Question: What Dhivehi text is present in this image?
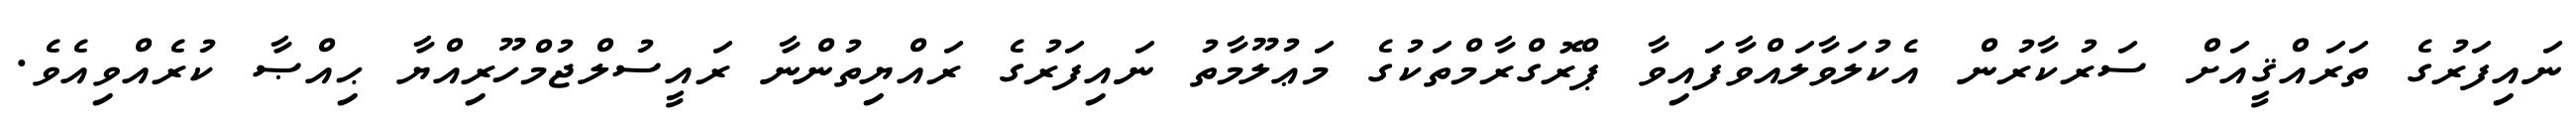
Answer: ނައިފަރުގެ ތަރައްޤީއަށް ސަރުކާރުން އެކުލަވާލައްވާފައިވާ ޕްރޮގްރާމްތަކުގެ މަޢުލޫމާތު ނައިފަރުގެ ރައްޔިތުންނާ ރައީސުލްޖުމްހޫރިއްޔާ ޙިއްޞާ ކުރެއްވިއެވެ.